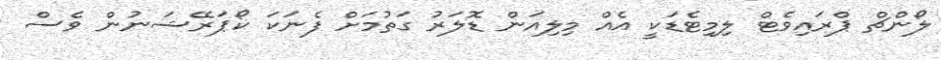
ލޯންޗް ޕްރައިވެޓް ލިމިޓެޑަކީ އެއް މިލިއަން ޑޮލަރު ގަތުމަށް ފެނަކަ ކޯޕަރޭޝަނުން ވެސް